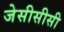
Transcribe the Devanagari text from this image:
जेसीसीसी